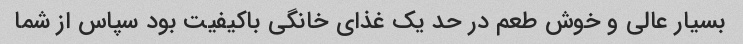
بسیار عالی و خوش طعم در حد یک غذای خانگی باکیفیت بود سپاس از شما